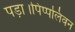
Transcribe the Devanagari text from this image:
पड़ा।पिप्पलिवन